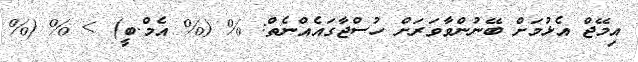
އިމޭޖް އެޅުމަށް ބޭނުންވާވަރަށް ހުސްޖާގައެއްނެތް: % (% އެމް.ބީ) > % (%